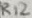
Text: R12